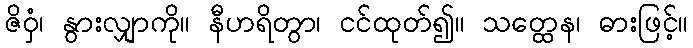
ဇိဝှံ၊ နွားလျှာကို။ နီဟရိတွာ၊ ငင်ထုတ်၍။ သတ္ထေန၊ ဓားဖြင့်။